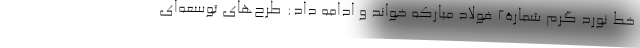
خط نورد گرم شمارۀ۲ فولاد مبارکه خواند و ادامه داد: طرح‌های توسعه‌ای